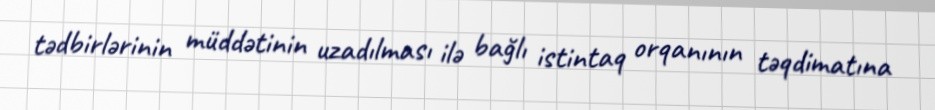
tədbirlərinin müddətinin uzadılması ilə bağlı istintaq orqanının təqdimatına